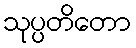
သုပ္ပတိတော